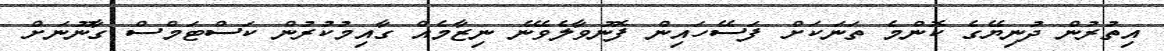
އިތުރުން ދުނިޔޭގެ ކޮންމެ ތަނަކަށް ފަސޭހައިން ފޮނުވާލެވޭނެ ނިޒާމެއް ގާއިމުކުރުން ކަސްޓަމްސް ގާނޫނަށް